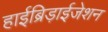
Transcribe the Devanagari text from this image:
हाईब्रिड़ाईजेशन